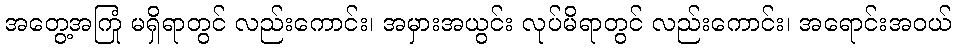
အတွေ့အကြုံ မရှိရာတွင် လည်းကောင်း၊ အမှားအယွင်း လုပ်မိရာတွင် လည်းကောင်း၊ အရောင်းအဝယ်